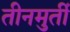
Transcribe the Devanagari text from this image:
तीनमुर्ती